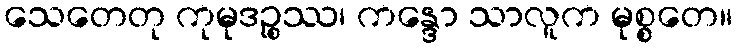
သေတေတု ကုမုဒဉ္စဿ၊ ကန္ဒော သာလူက မုစ္စတေ။